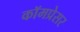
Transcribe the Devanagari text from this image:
कॉमप्रेसर